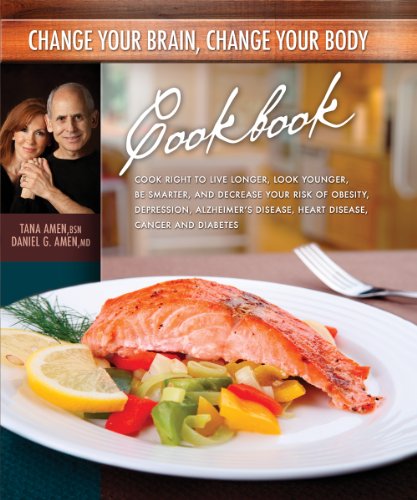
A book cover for Change Your Brain, Change Your Body Cookbook; Daniel G. Amen; Health, Fitness & Dieting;